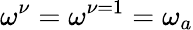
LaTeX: \omega^{\nu}=\omega^{\nu=1}=\omega_{a}